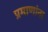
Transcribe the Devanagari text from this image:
प्रमाणांना